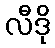
လီဒို